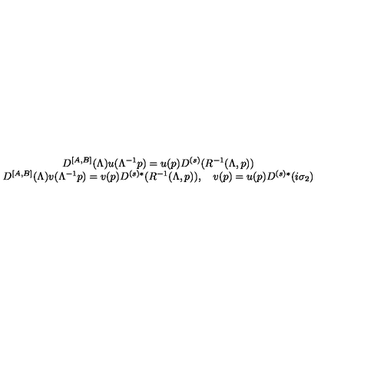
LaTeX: \begin{array} { c } { D ^ { \left[ A , B \right] } ( \Lambda ) u ( \Lambda ^ { - 1 } p ) = u ( p ) D ^ { \left( s \right) } ( R ^ { - 1 } ( \Lambda , p ) ) } \\ { D ^ { \left[ A , B \right] } ( \Lambda ) v ( \Lambda ^ { - 1 } p ) = v ( p ) D ^ { \left( s \right) * } ( R ^ { - 1 } ( \Lambda , p ) ) , \quad v ( p ) = u ( p ) D ^ { \left( s \right) * } ( i \sigma _ { 2 } ) } \\ \end{array} \,